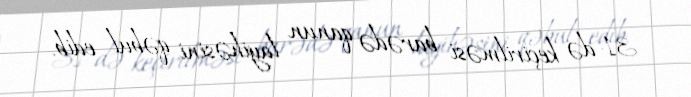
31-də keçirilməsi barədə qanun layihəsini qəbul edib.